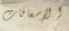
الإسعافات